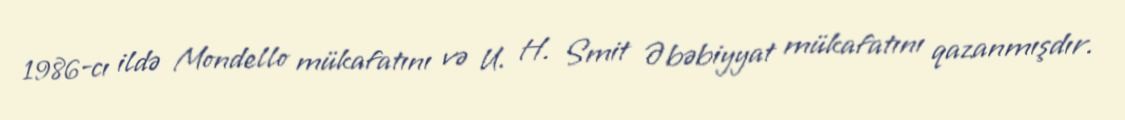
1986-cı ildə Mondello mükafatını və U. H. Smit Əbəbiyyat mükafatını qazanmışdır.